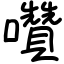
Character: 囋